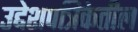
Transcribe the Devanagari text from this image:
उद्देशपत्रिकेतील